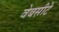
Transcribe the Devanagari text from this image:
वेबसीटे